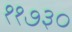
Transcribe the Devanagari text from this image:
११७३०